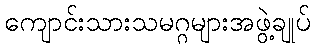
ကျောင်းသားသမဂ္ဂများအဖွဲ့ချုပ်